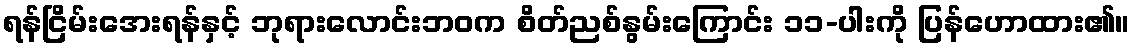
ရန်ငြိမ်းအေးရန်နှင့် ဘုရားလောင်းဘဝက စိတ်ညစ်နွမ်းကြောင်း ၁၁-ပါးကို ပြန်ဟောထား၏။